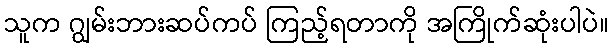
သူက ဂျွမ်းဘားဆပ်ကပ် ကြည့်ရတာကို အကြိုက်ဆုံးပါပဲ။